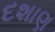
દશાણ